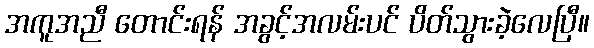
အကူအညီ တောင်းရန် အခွင့်အလမ်းပင် ပိတ်သွားခဲ့လေပြီ။